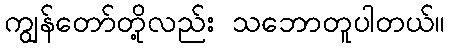
ကျွန်တော်တို့လည်း သဘောတူပါတယ်။